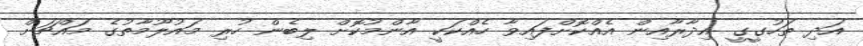
އަދި ތަހުގީގީ އިދާރާއިން އެއްކޮށްފައިވާ ހެއްކަކީ އާންމުކޮށް ލިބެން ހުރި މައުލޫމާތުގެ މައްޗަށް